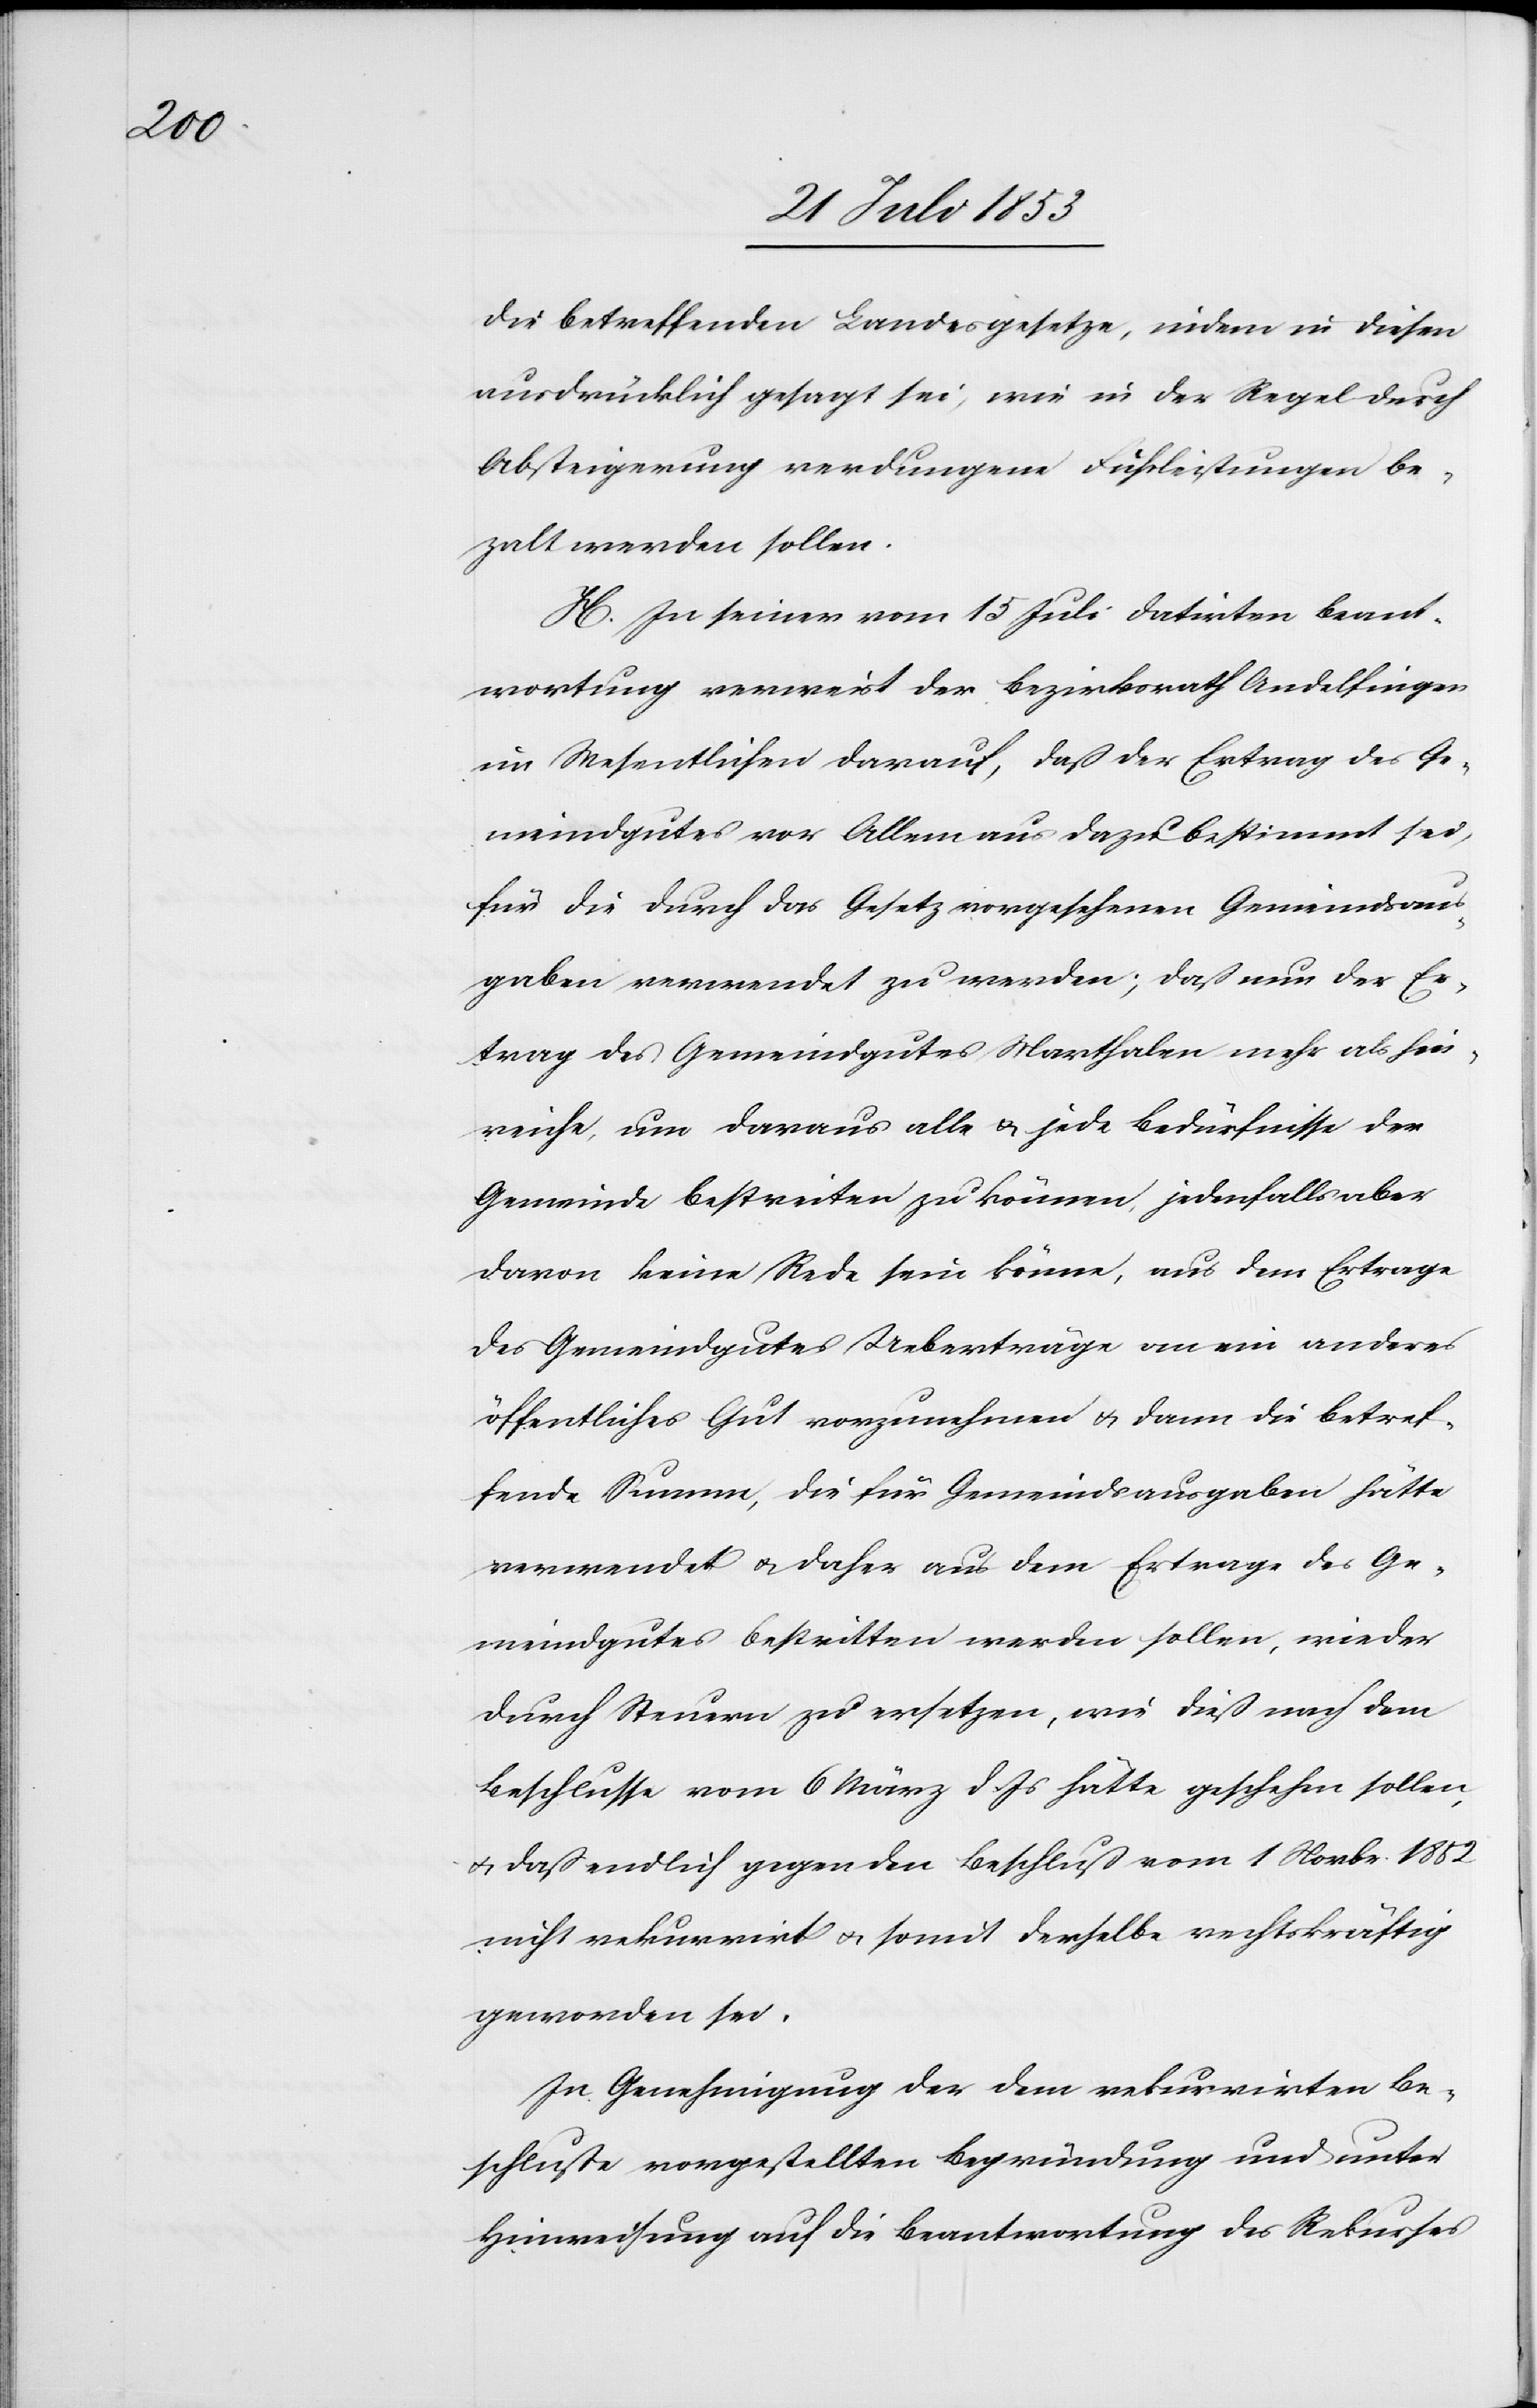
die betreffenden Landesgesetze, indem in diesem
ausdrücklich gesagt sei, wie in der Regel durch
Absteigerung verdungene Fuhrleistungen be¬
zalt werden sollen.
H. In seiner vom 15 Juli datirten Beant¬
wortung verweist der Bezirksrath Andelfingen
im Wesentlichen darauf, daß der Ertrag des Ge¬
meindgutes vor Allem aus dazu bestimmt sei,
für die durch das Gesetz vorgesehenen Gemeindsaus¬
gaben verwendet zu werden; daß nun der Er¬
trag des Gemeindgutes Marthalen mehr als hin¬
reiche, um daraus alle u. jede Bedürfnisse der
Gemeinde bestreiten zu können, jedenfalls aber
davon keine Rede sein könne, aus dem Ertrage
des Gemeindgutes Ueberträge an ein anderes
öffentliches Gut vorzunehmen u. dann die betref¬
fende Summe, die für Gemeindsausgaben hätte
verwendet u. daher aus dem Ertrage des Ge¬
meindgutes bestritten werden sollen, wieder
durch Steuern zu ersetzen, wie dieß nach dem
Beschluße vom 6 März d. Js. hätte geschehen sollen,
u. daß endlich gegen den Beschluß vom 1 Novbr. 1852
nicht rekurrirt u. somit derselbe rechtskräftig
geworden sei.
In Genehmigung der dem rekurrirten Be¬
schluße vorgestellten Begründung und unter
Hinweisung auf die Beantwortung des Rekurses